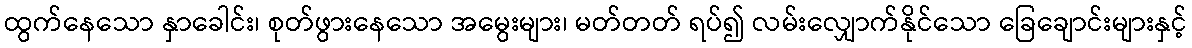
ထွက်နေသော နှာခေါင်း၊ စုတ်ဖွားနေသော အမွေးများ၊ မတ်တတ် ရပ်၍ လမ်းလျှောက်နိုင်သော ခြေချောင်းများနှင့်